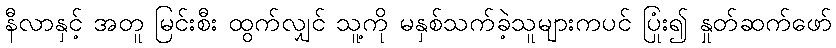
နီလာနှင့် အတူ မြင်းစီး ထွက်လျှင် သူ့ကို မနှစ်သက်ခဲ့သူများကပင် ပြုံး၍ နှုတ်ဆက်ဖော်